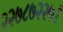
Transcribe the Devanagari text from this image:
२२७८७२२७।